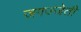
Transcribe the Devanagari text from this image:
जगज्जेती